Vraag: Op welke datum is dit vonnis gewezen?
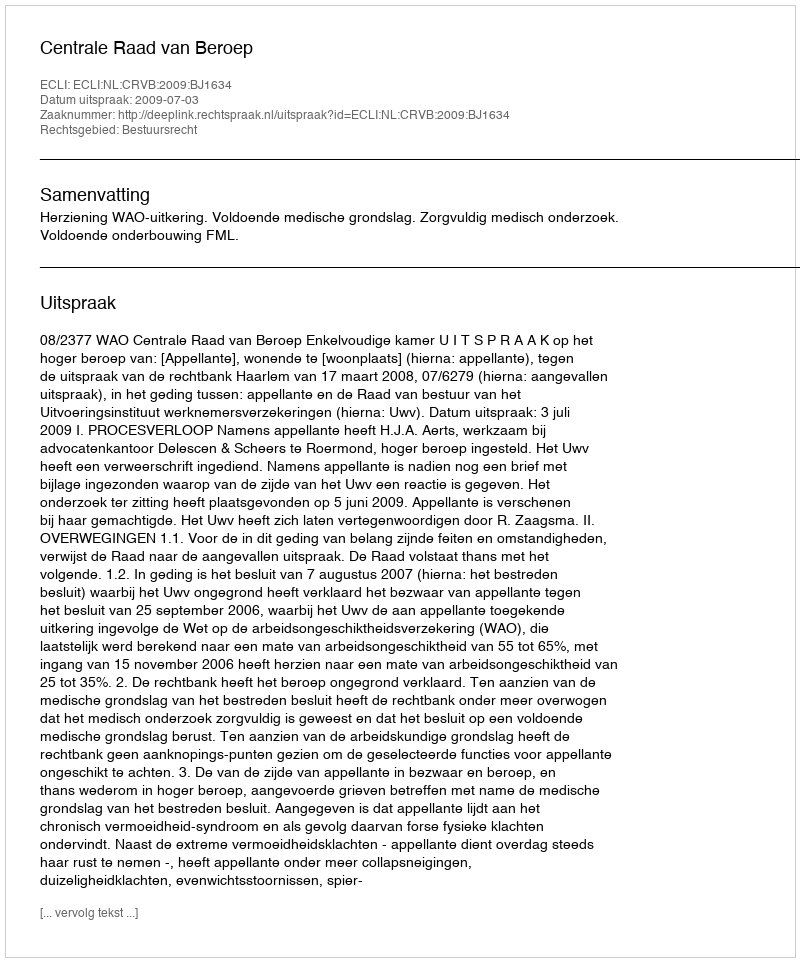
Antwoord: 2009-07-03